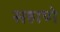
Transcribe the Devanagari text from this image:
सहाणे